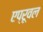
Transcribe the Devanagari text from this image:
एप्रूवल